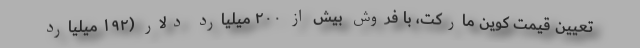
تعیین قیمت کوین مارکت، با فروش بیش از ۲۰۰ میلیارد دلار (۱۹۲ میلیارد